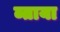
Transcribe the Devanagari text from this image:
ब्ताया